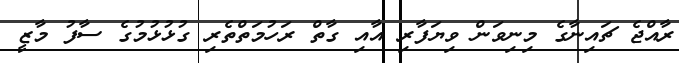
ރާއްޖެ ޗައިނާގެ މިނިވަން ވިޔަފާރި އާއި ގާތް ރަހުމަތްތެރި ގުޅުޅުމުގެ ސާފު މާޒީ